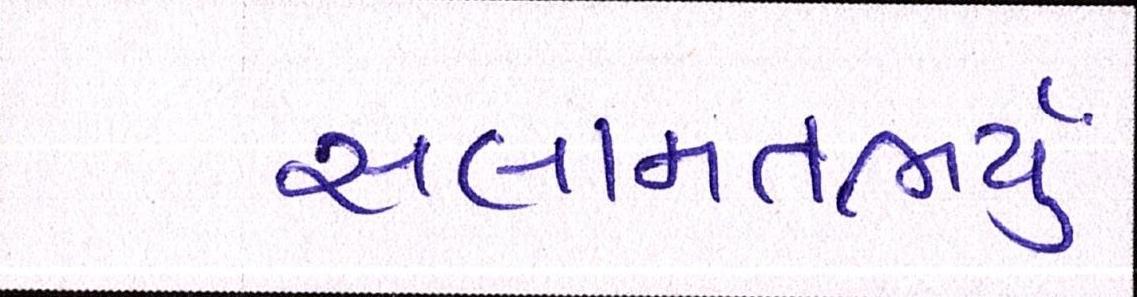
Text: સલામતભર્યું